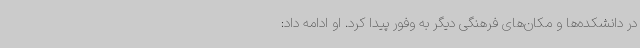
در دانشکده‌ها و مکان‌های فرهنگی دیگر به وفور پیدا کرد. او ادامه داد: